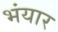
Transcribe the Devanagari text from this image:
भंयार